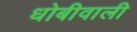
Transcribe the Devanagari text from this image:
धोबीवाली